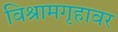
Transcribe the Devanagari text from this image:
विश्रामगृहावर